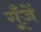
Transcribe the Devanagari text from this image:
गूँजें